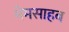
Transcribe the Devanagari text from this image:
मेमसाहब